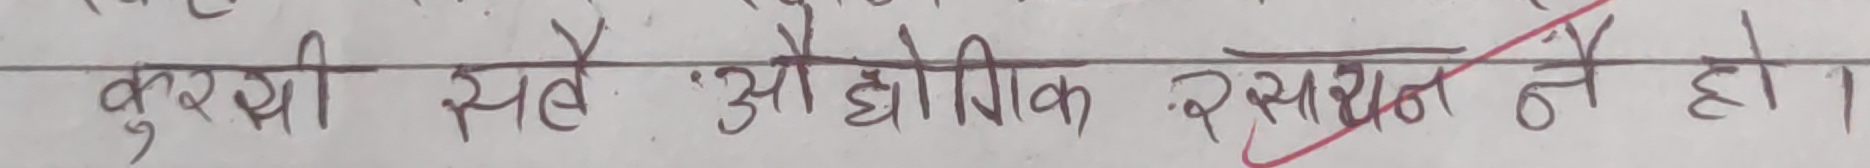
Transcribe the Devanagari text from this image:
कुरथी यह औद्योगिक रसायन नें हो।